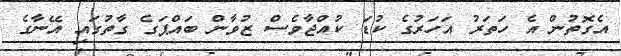
އެގޮތުން އެ ހަތަރު އަހަރުގެ ކުޑަ ކުއްޖާވެސް ޒުވާން ބައްޕަގެ ގާތުގައި އޭނާގެ